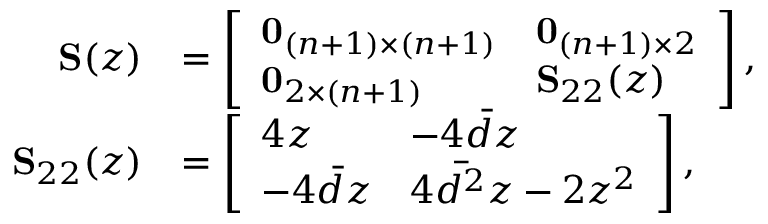
\begin{array} { r l } { { \bf S } ( z ) } & { = \left[ \begin{array} { l l } { { \bf 0 } _ { ( n + 1 ) \times ( n + 1 ) } } & { { \bf 0 } _ { ( n + 1 ) \times 2 } } \\ { { \bf 0 } _ { 2 \times ( n + 1 ) } } & { { \bf S } _ { 2 2 } ( z ) } \end{array} \right] , } \\ { { \bf S } _ { 2 2 } ( z ) } & { = \left[ \begin{array} { l l } { 4 z } & { - 4 \bar { d } z } \\ { - 4 \bar { d } z } & { 4 \overbar { d ^ { 2 } } z - 2 z ^ { 2 } } \end{array} \right] , } \end{array}